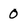
Character: 0